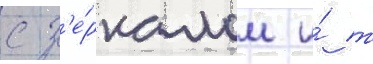
с з'е́ркалом и́ т